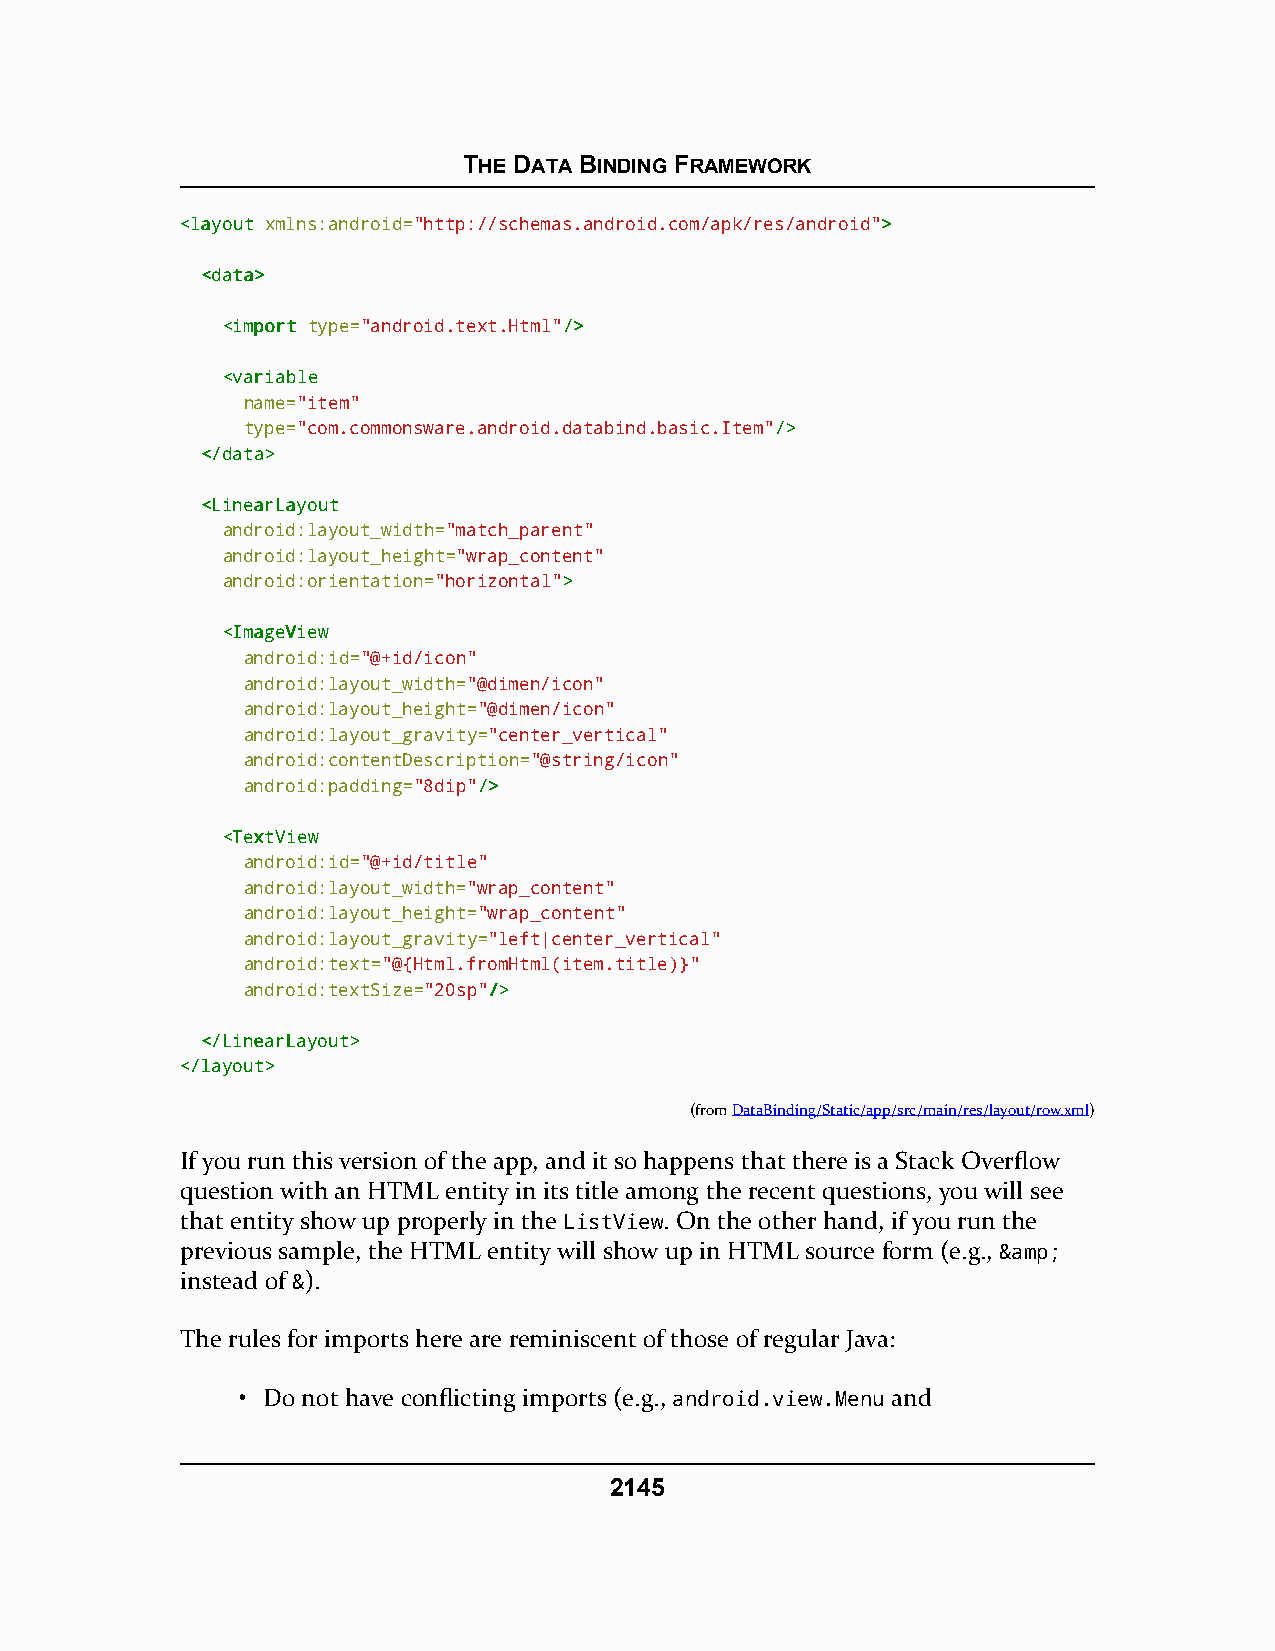
THE DATA BINDING FRAMEWORK
 <<llaayyoouutt xmlns:android="http://schemas.android.com/apk/res/android">>
 <<ddaattaa>>
 <<iimmppoorrtt type="android.text.Html"//>>
 <<vvaarriiaabbllee
 name="item"
 type="com.commonsware.android.databind.basic.Item"//>>
 <<//ddaattaa>>
 <<LLiinneeaarrLLaayyoouutt
 android:layout_width="match_parent"
 android:layout_height="wrap_content"
 android:orientation="horizontal">>
 <<IImmaaggeeVViieeww
 android:id="@+id/icon"
 android:layout_width="@dimen/icon"
 android:layout_height="@dimen/icon"
 android:layout_gravity="center_vertical"
 android:contentDescription="@string/icon"
 android:padding="8dip"//>>
 <<TTeexxttVViieeww
 android:id="@+id/title"
 android:layout_width="wrap_content"
 android:layout_height="wrap_content"
 android:layout_gravity="left|center_vertical"
 android:text="@{Html.fromHtml(item.title)}"
 android:textSize="20sp"//>>
 <<//LLiinneeaarrLLaayyoouutt>>
 <<//llaayyoouutt>>
 (fromDataBinding/Static/app/src/main/res/layout/row.xml)
 If you run this version of the app, and it so happens that there is a Stack Overflow
 question with an HTML entity in its title among the recent questions, you will see
 that entity show up properly in the ListView. On the other hand, if you run the
 previous sample, the HTML entity will show up in HTML source form (e.g., &amp;
 instead of &).
 The rules for imports here are reminiscent of those of regular Java:
 • Do not have conflicting imports (e.g., android.view.Menu and
 2145